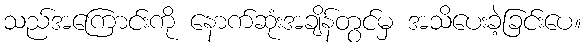
သည်အကြောင်းကို နောက်ဆုံးအချိန်တွင်မှ အသိပေးခဲ့ခြင်းပေ။